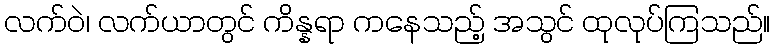
လက်ဝဲ၊ လက်ယာတွင် ကိန္နရာ ကနေသည့် အသွင် ထုလုပ်ကြသည်။